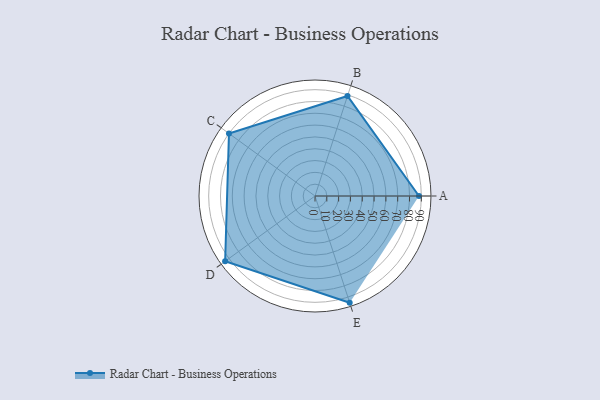
{"axis": {"x": "Skill", "y": "Score"}, "legend": ["Profile"], "data": [{"x": "A", "y": 88.0, "type": "Profile"}, {"x": "B", "y": 89.0, "type": "Profile"}, {"x": "C", "y": 90.0, "type": "Profile"}, {"x": "D", "y": 94.0, "type": "Profile"}, {"x": "E", "y": 95.0, "type": "Profile"}]}